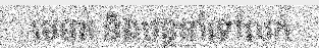
មេមត់ និងបន្តនាំទៅលក់